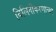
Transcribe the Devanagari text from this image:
विलिनीकरणाच्या